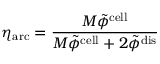
\eta _ { \mathrm { a r c } } = \frac { M \tilde { \phi } ^ { \mathrm { c e l l } } } { M \tilde { \phi } ^ { \mathrm { c e l l } } + 2 \tilde { \phi } ^ { \mathrm { d i s } } }